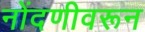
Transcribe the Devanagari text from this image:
नोंदणीवरून